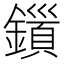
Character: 𮣍